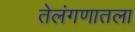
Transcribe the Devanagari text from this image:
तेलंगणातला